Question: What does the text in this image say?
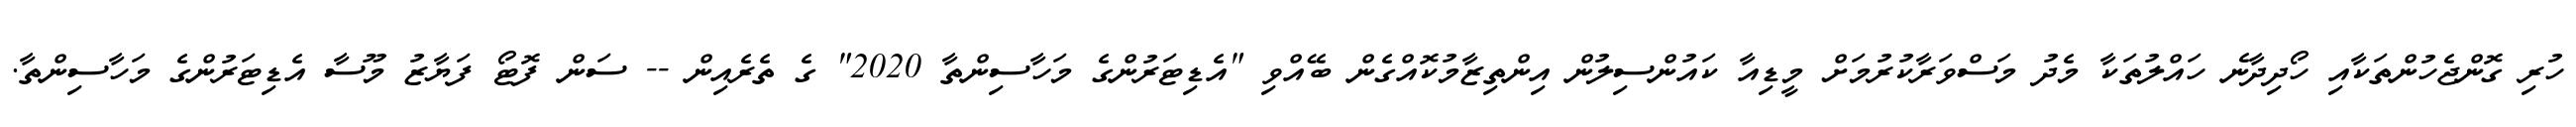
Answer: ހުރި ގޮންޖެހުންތަކާއި ހޯދިދާނެ ހައްލުތަކާ މެދު މަސްވަރާކުރުމަށް މީޑިއާ ކައުންސިލުން އިންތިޒާމުކޮއްގެން ބޭއްވި "އެޑިޓަރުންގެ މަހާސިންތާ 2020" ގެ ތެރެއިން -- ސަން ފޮޓޯ ފަޔާޒު މޫސާ އެޑިޓަރުންގެ މަހާސިންތާ.